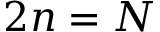
2 n = N